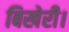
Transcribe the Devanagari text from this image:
बिखेरी।